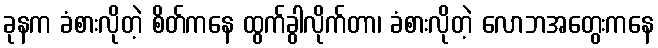
ခုနက ခံစားလိုတဲ့ စိတ်ကနေ ထွက်ခွါလိုက်တာ၊ ခံစားလိုတဲ့ လောဘအတွေးကနေ